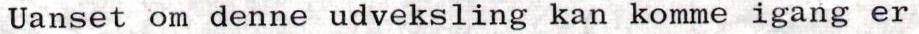
Uanset om denne udveksling kan komme igang er